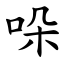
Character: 哚